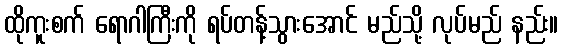
ထိုကူးစက် ရောဂါကြီးကို ရပ်တန့်သွားအောင် မည်သို့ လုပ်မည် နည်း။